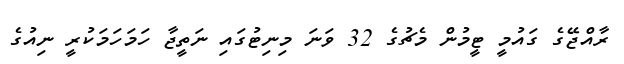
ރާއްޖޭގެ ގައުމީ ޓީމުން މެޗުގެ 32 ވަނަ މިނިޓުގައި ނަތީޖާ ހަމަހަމަކުރީ ނިއުގެ